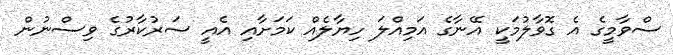
ސްވާމީގެ އެ ގޮވާލުމަކީ އޭނާގެ އަމިއްލަ ހިޔާލެއް ކަމަށާއި އެއީ ސަރުކާރުގެ ވިސްނުން